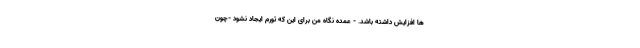
ها افزایش داشته باشد. - عمده نگاه من برای این که تورم ایجاد نشود -چون